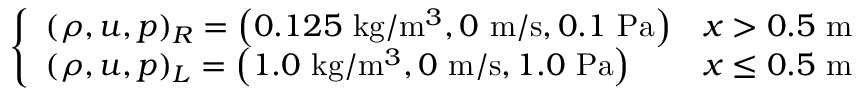
\left\{ \begin{array} { l l } { ( \rho , u , p ) _ { R } = \left( 0 . 1 2 5 \mathrm { ~ k g } / \mathrm { m } ^ { 3 } , 0 \mathrm { ~ m } / \mathrm { s } , 0 . 1 \mathrm { ~ P a } \right) } & { x > 0 . 5 \mathrm { ~ m } } \\ { ( \rho , u , p ) _ { L } = \left( 1 . 0 \mathrm { ~ k g } / \mathrm { m } ^ { 3 } , 0 \mathrm { ~ m } / \mathrm { s } , 1 . 0 \mathrm { ~ P a } \right) } & { x \leq 0 . 5 \mathrm { ~ m } } \end{array} \right.